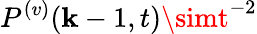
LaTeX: P^{(v)}(\mathbf{k}-1,t)\simt^{-2}